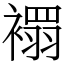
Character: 𧝁